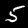
Digit: 5